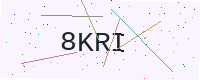
Text: 8KRI